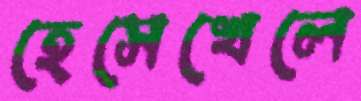
হেসেখেলে